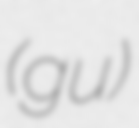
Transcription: (gu)